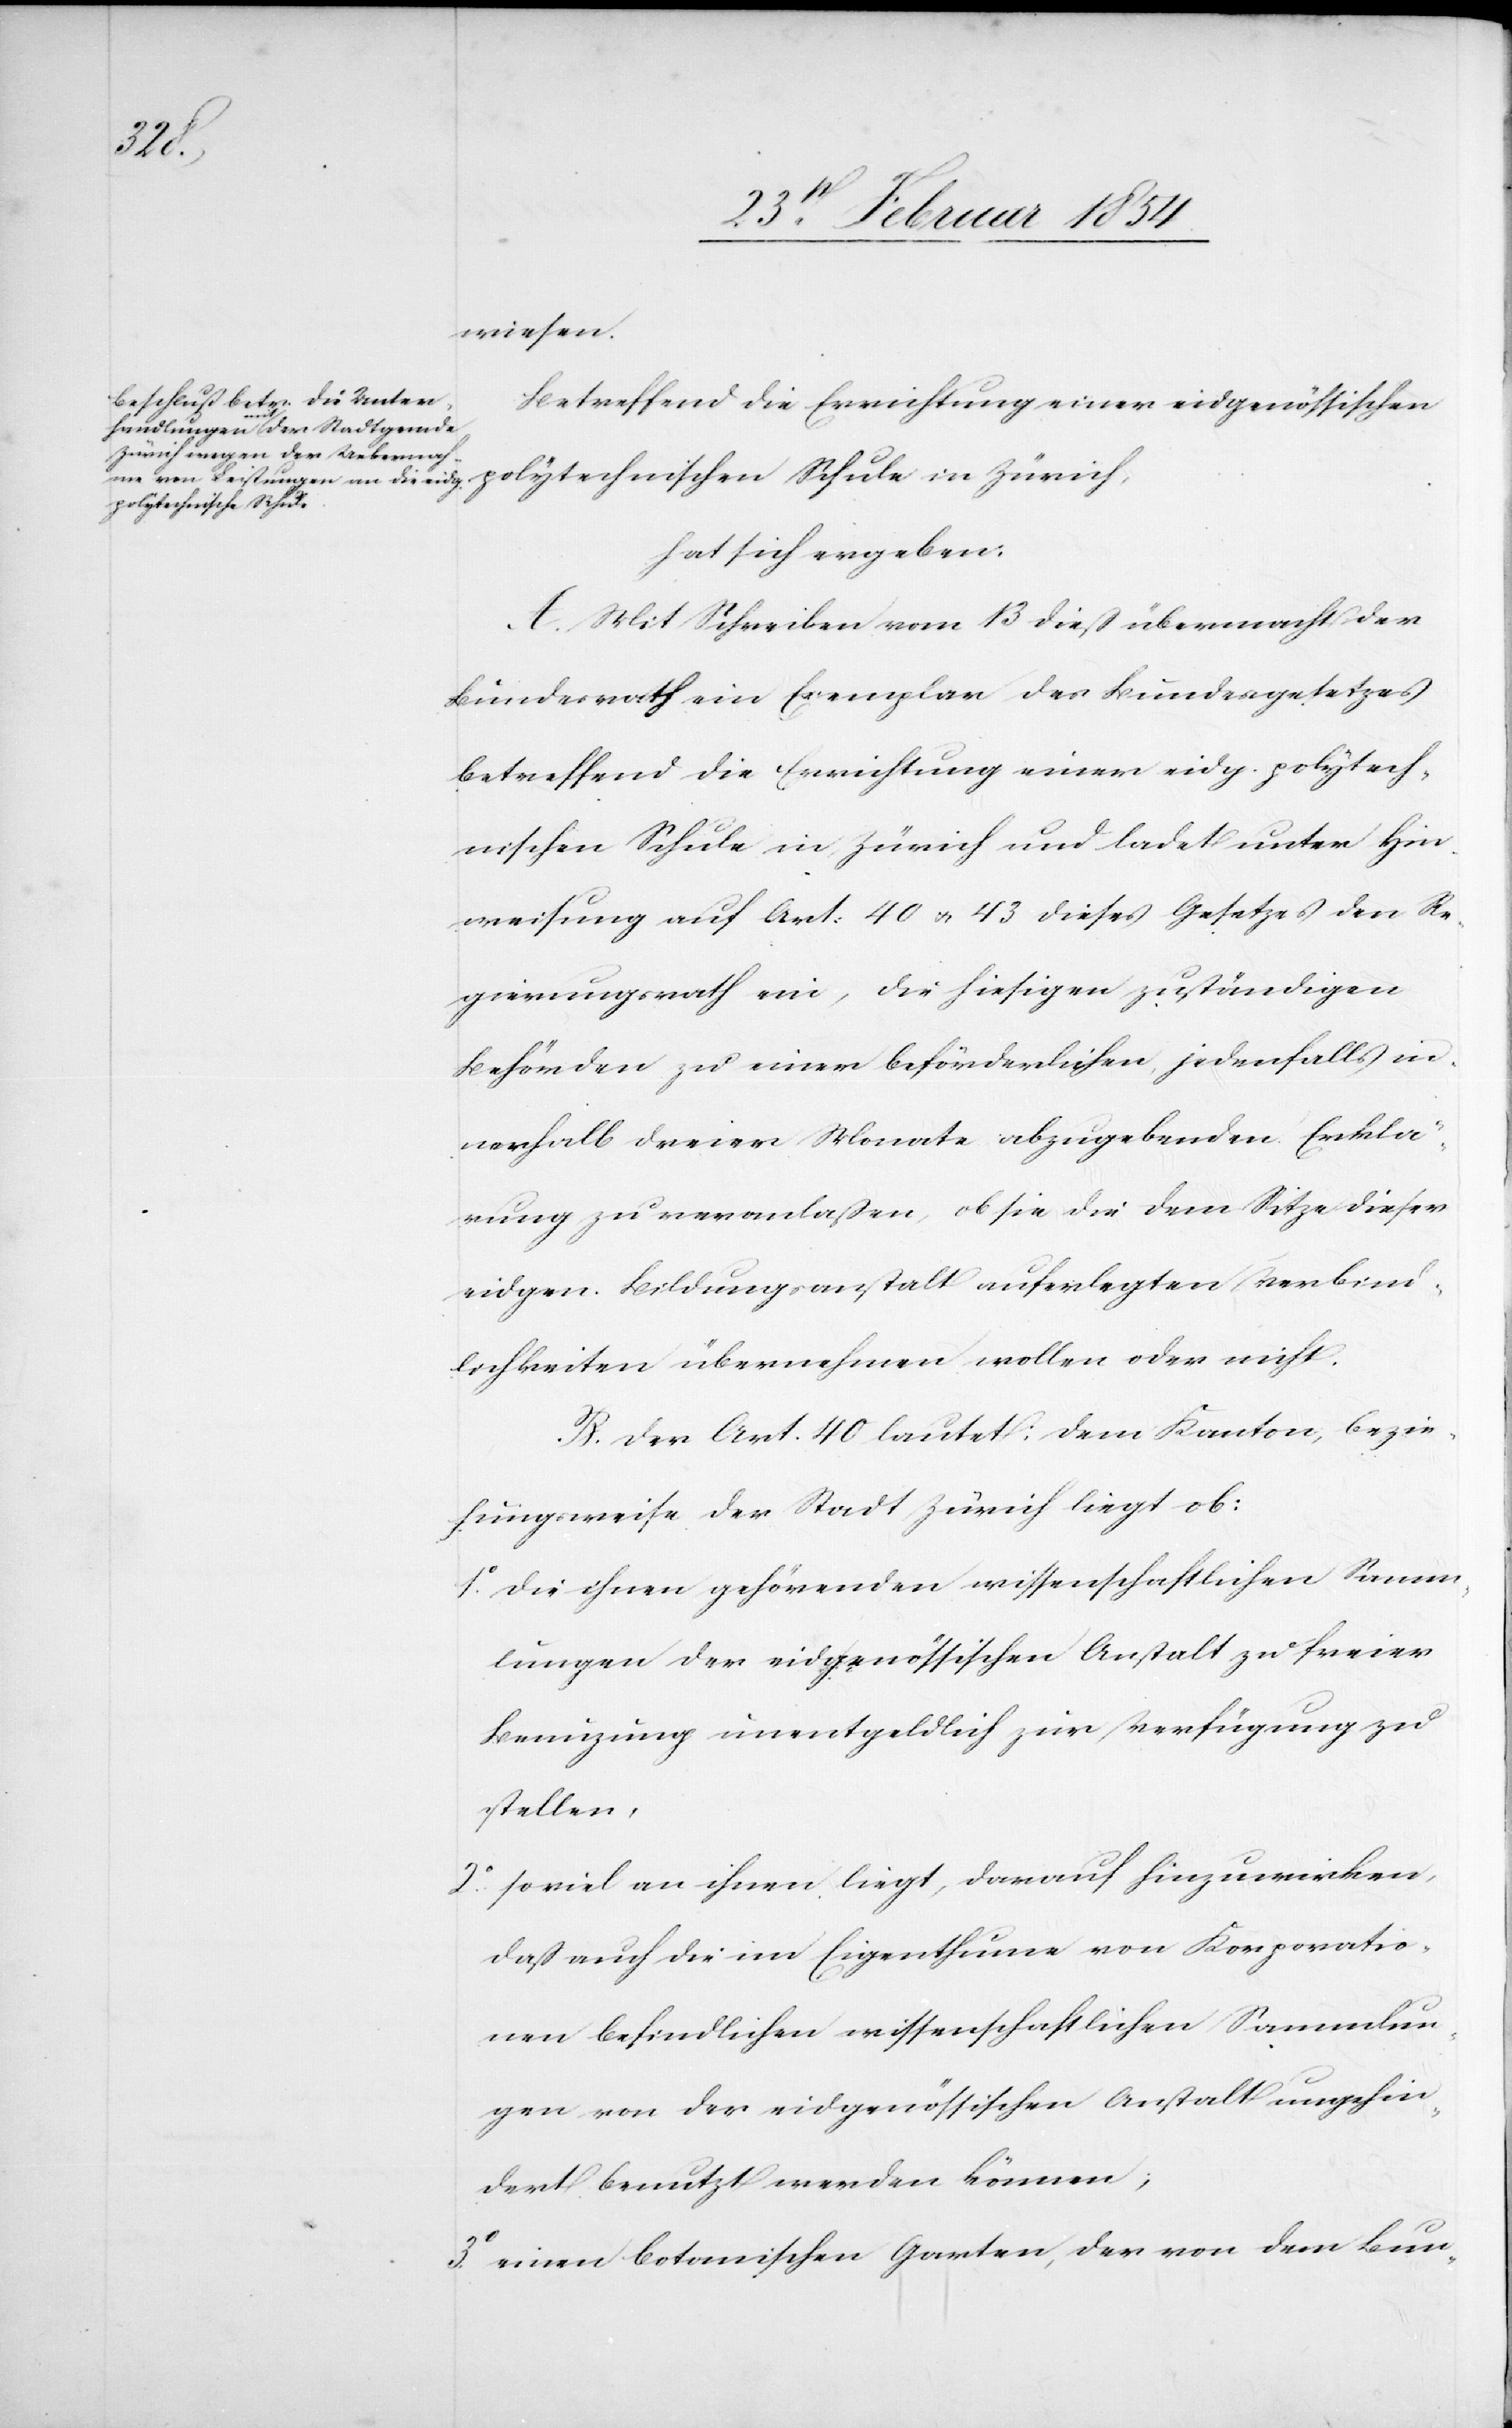
wiesen.
Betreffend die Errichtung einer eidgenössischen
polytechnischen Schule in Zürich,
hat sich ergeben:
A. Mit Schreiben vom 13 dieß übermacht der
Bundesrath ein Exemplar des Bundesgesetzes
betreffend die Errichtung einer eidg. polytech¬
nischen Schule in Zürich und ladet unter Hin¬
weisung auf Art: 40 u. 43 dieses Gesetzes den Re¬
gierungsrath ein, die hiesigen zuständigen
Behörden zu einer beförderlichen, jedenfalls in¬
nerhalb dreier Monate abzugebenden Erklä¬
rung zu veranlaßen, ob sie die dem Sitze dieser
eidgen. Bildungsanstalt auferlegten Verbind¬
lichkeiten übernehmen wollen oder nicht.
B. Der Art. 40 lautet: Dem Kanton, bezie¬
hungsweise der Stadt Zürich liegt ob:
1o die ihnen gehörenden wissenschaftlichen Samm¬
lungen der eidgenössischen Anstalt zu freier
Benuzung unentgeldlich zur Verfügung zu
stellen,
2o soviel an ihnen liegt, darauf hinzuwirken,
daß auch die im Eigenthume von Korporatio¬
nen befindlichen wissenschaftlichen Sammlun¬
gen von der eidgenössischen Anstalt ungehin¬
dert benutzt werden können;
3o einen botanischen Garten, der von dem Bun-